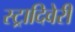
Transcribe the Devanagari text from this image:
स्ट्रादिवेरी